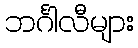
ဘင်္ဂါလီများ